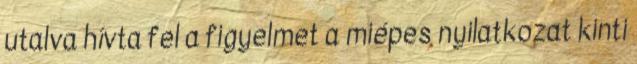
utalva hívta fel a figyelmet a miépes nyilatkozat kinti